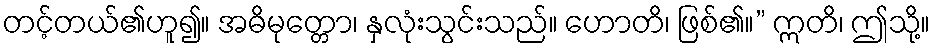
တင့်တယ်၏ဟူ၍။ အဓိမုတ္တော၊ နှလုံးသွင်းသည်။ ဟောတိ၊ ဖြစ်၏။” ဣတိ၊ ဤသို့။